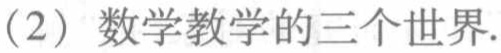
（2）数学教学的三个世界.